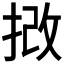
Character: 𢭮